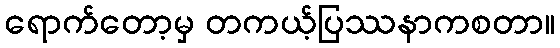
ရောက်တော့မှ တကယ့်ပြဿနာကစတာ။